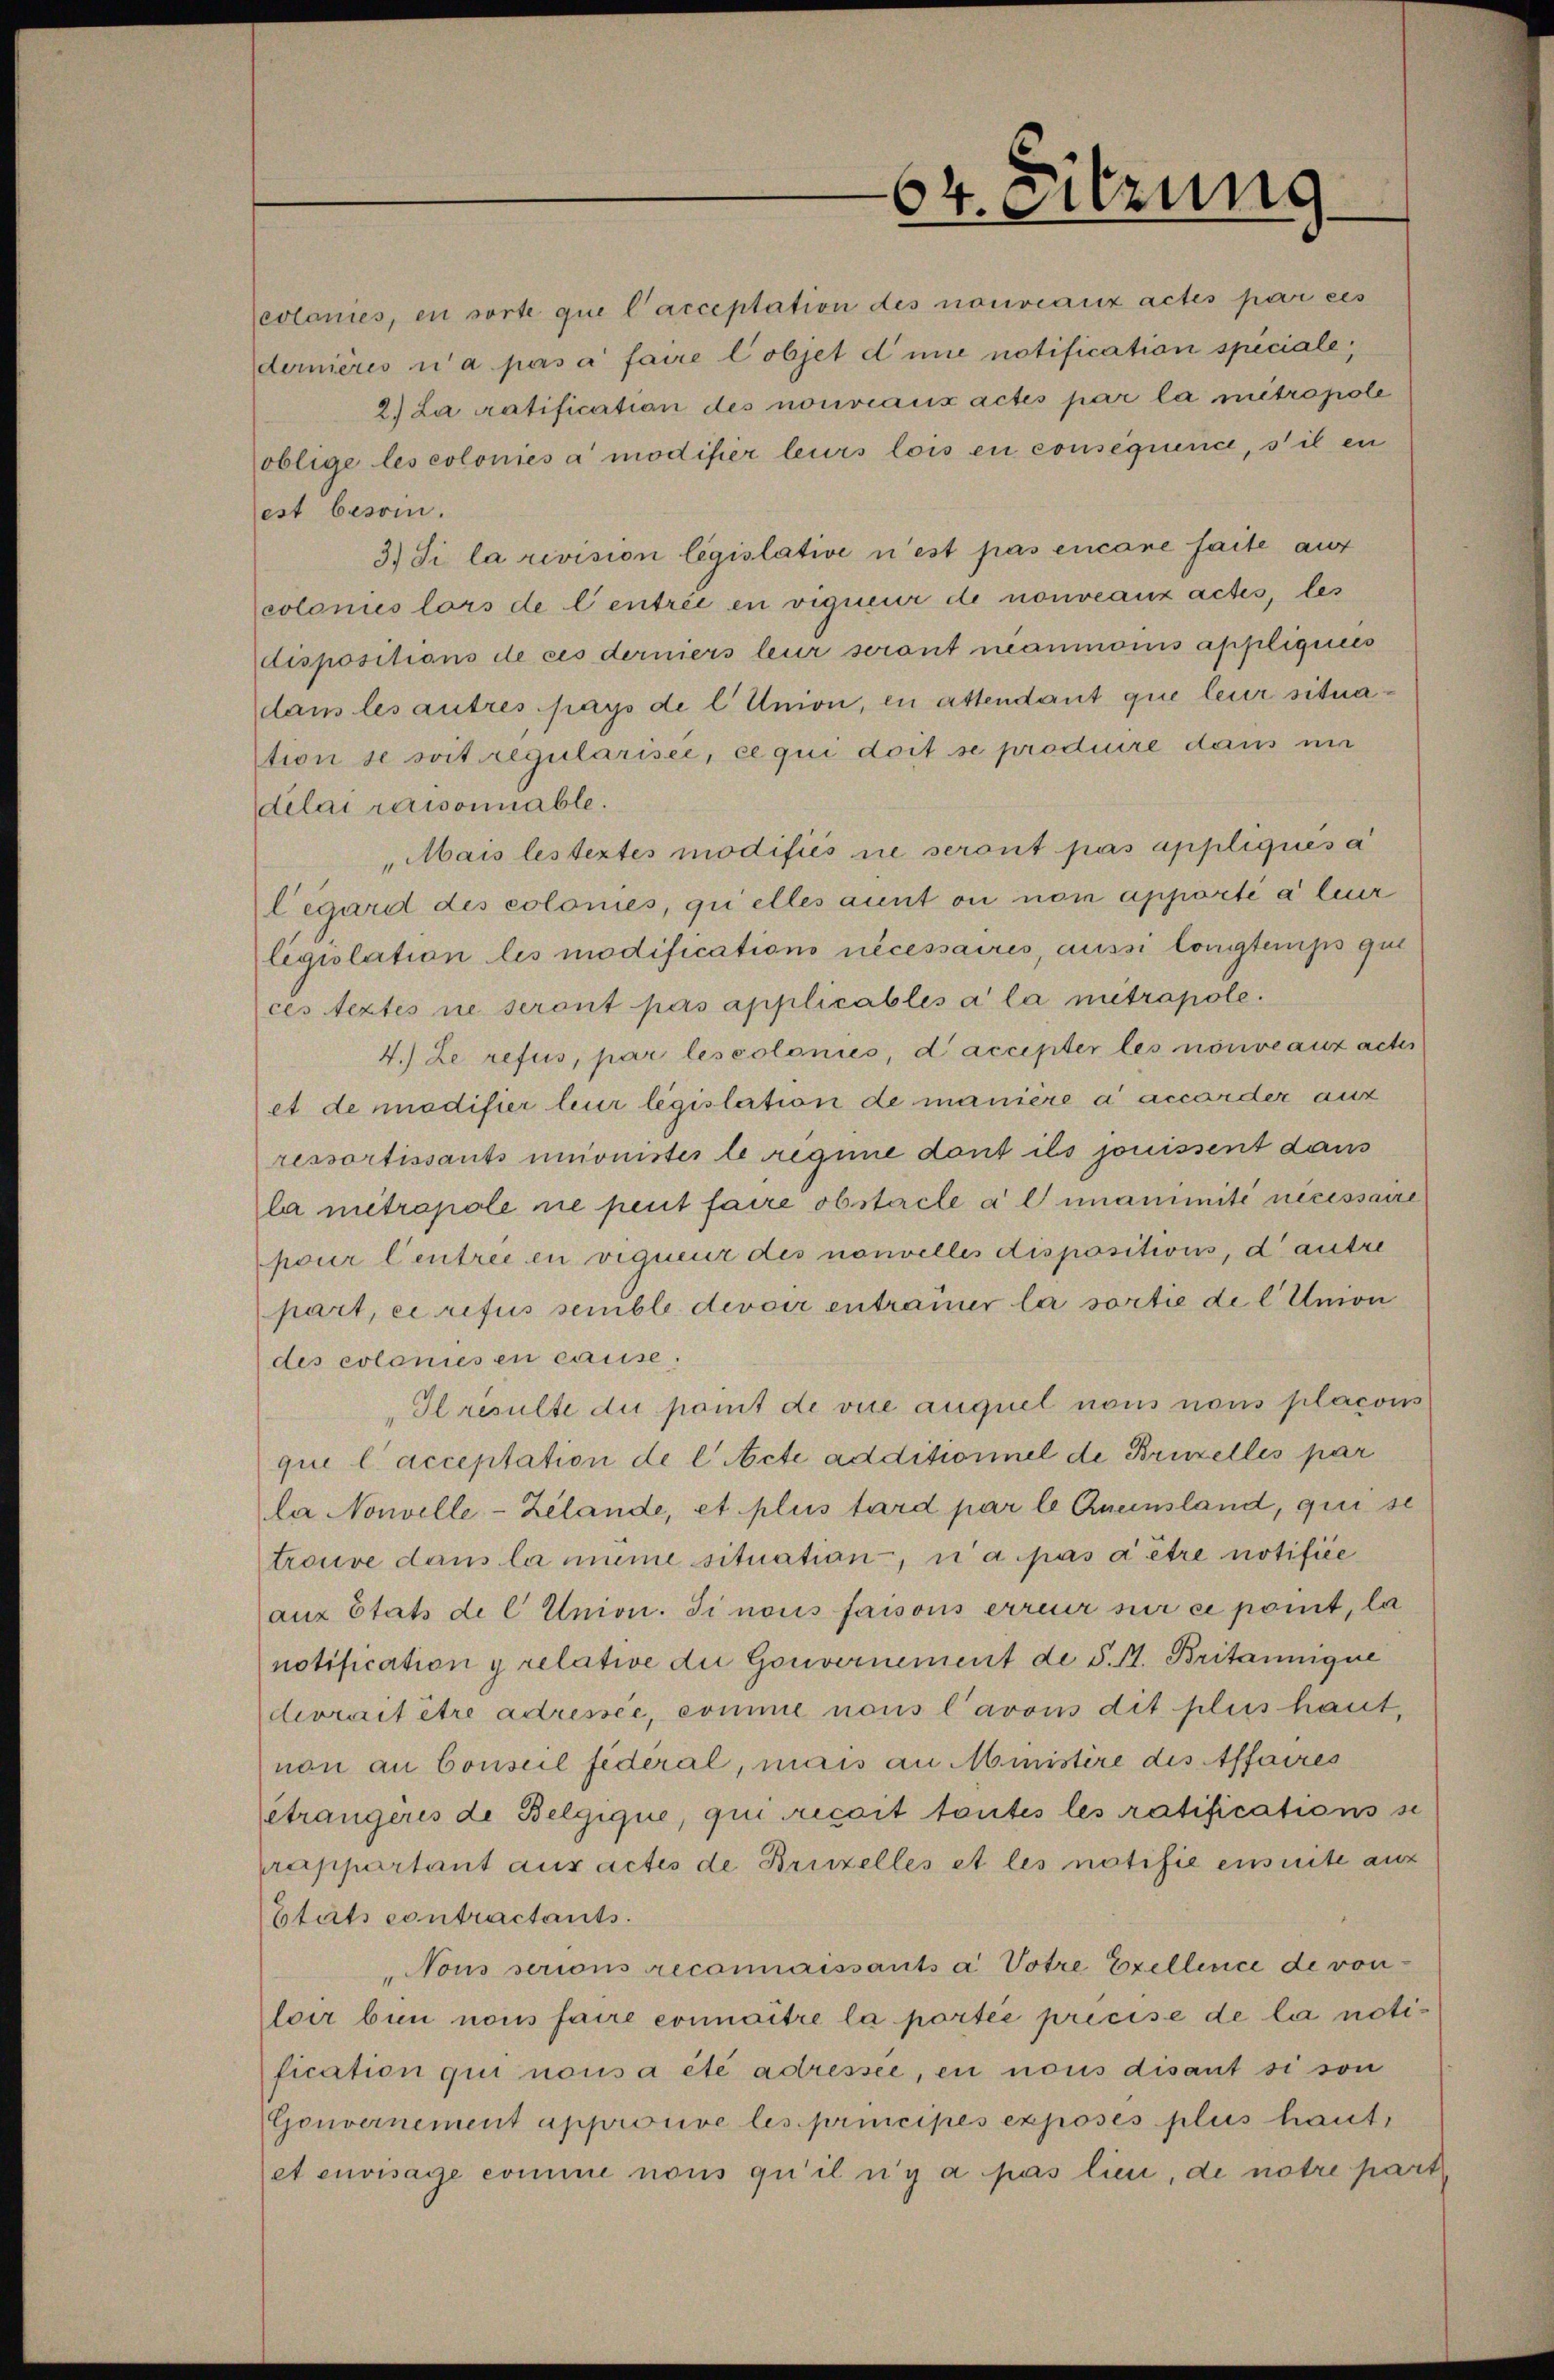
64. Sitzung

eolonies, en sorte que l’acceptation des nouveaux actes par eis
dernières u a pas à faire lobjet die notification speciale
2) La ratification des nouveaux actes par la mitropole
oblige les colonies a modifier leurs lois en consequence, s’il en
est besoin.
3) Si la revision législative n’est pas encore faite auf
colonies lors de Centrée en vigneur de nouveaux actes, les
dispositions de ces derniers leur seront neaumonis appliquées
dans les autres pays de l Union, en attendant que leur situation se soit regularisee, ce qui doit se produire dans ni
dilai raisonnable.
Mais lestertes modifiés ne seront pas appliques a
légard des colomes, quelles aunt ou non apporté à leur
ligiolation les modifications nécessaires, aussi longtemps qui
ces extes ne seront pas applicables a la mitrapole.
4.) Le refus, par leseotonies, d’accepter les nouveaux actes
et de modifier leur législation de manière a accorder auf
ressortissants unionistes le regime dont ils jouissent dans
la metrapole nie peut faire obstacle a l unanimité necessaire
pour Centree en viquenz des nouvelles dispositions, d’autre
part, ei refus semble devoir entrainer la sortie de l Union
des colonies en cause.
Il resulte die point de vice auquel nous nous placous
qui l’acceptation de l Acte additionnel de Bruzelles par
la Nouvelle-Zelande, et plus tard par le Aneinsland, qui se
trouve dans la meine situation, u a. pas à être notifice
auz Etats de l Union. Si nous fassous erreur mir ei pont, la
notification y relative die Gouvernement de S. M. Britannique
devrait être adressée, comme nous l’avous dit plus haut,
non an Conseil fideral, mais an Ministire des Affaires
etrangeris de Belgique, qui recoit tantes les ratifications se
prappartant aus actes de Brinzelles et les notifie ensuite aus
Etats contractants.
Nous serions reconnaissants à Votre Exellence de von
loir bin nous faire connaitre la portée précise de la notification qui nous a été adressée, en nous disant si son
Gouvernement approuve les principes exposés plus haut,
et envisage comine nous qu’il n’y a pas lini, de notre part